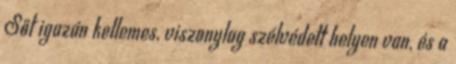
Sőt igazán kellemes, viszonylag szélvédett helyen van, és a